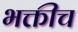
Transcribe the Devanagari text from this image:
भक्तीच